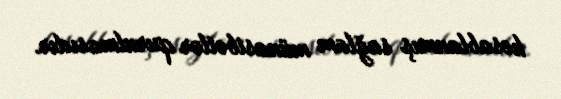
hesablanmış sağlam münasibətlər qurulmasıdır.